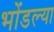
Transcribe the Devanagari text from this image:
भोंडल्या